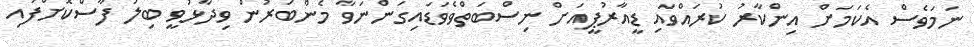
ނަމަވެސް އެކަމަށް އިންކާރު ކުރައްވައި ޑީއާރުޕީއަށް ނިސްބަތްވެވަޑައިގަންނަވާ މެންބަރުން ވިދާޅުވީ ބިލު ފާސްކޮށްފައި